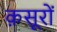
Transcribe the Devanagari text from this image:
क़सूरों